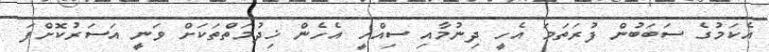
އެކަމުގެ ސަބަބުން ފުރަތަމަ އެހީ ދިނުމާއި ސިއްހީ އެހެން ޚިދުމަތްތަކަށް ވަނީ އަސަރުކޮށްފަ